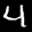
Label: 4